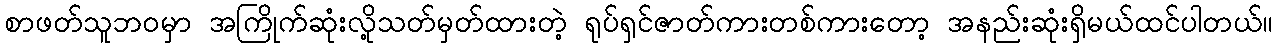
စာဖတ်သူဘဝမှာ အကြိုက်ဆုံးလို့သတ်မှတ်ထားတဲ့ ရုပ်ရှင်ဇာတ်ကားတစ်ကားတော့ အနည်းဆုံးရှိမယ်ထင်ပါတယ်။